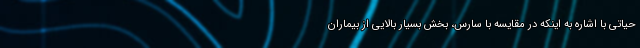
حیاتی با اشاره به اینکه در مقایسه با سارس، بخش بسیار بالایی از بیماران